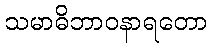
သမာဓိဘာဝနာရတော